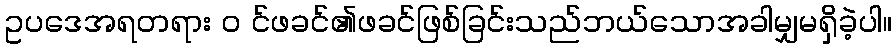
ဥပဒေအရတရား ၀ င်ဖခင်၏ဖခင်ဖြစ်ခြင်းသည်ဘယ်သောအခါမျှမရှိခဲ့ပါ။